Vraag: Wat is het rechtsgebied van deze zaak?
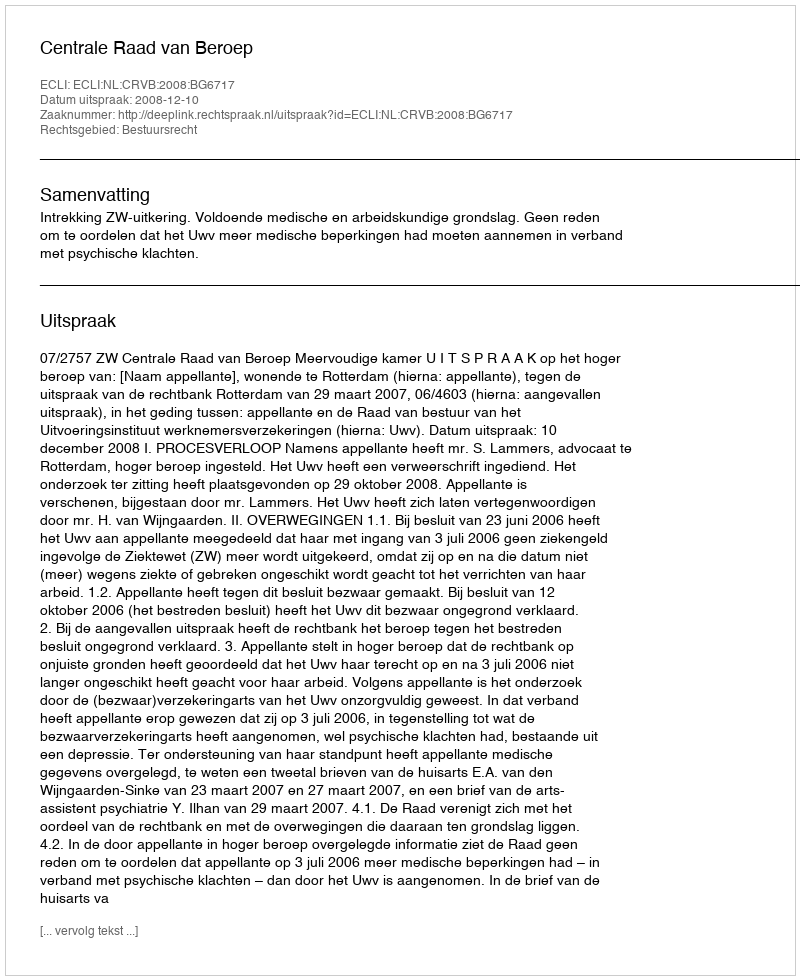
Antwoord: Bestuursrecht